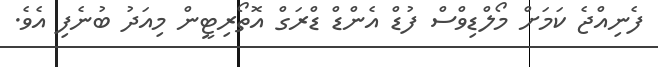
ފެނިއްޖެ ކަމަށް މޯލްޑިވްސް ފުޑް އެންޑް ޑްރަގް އޮތޯރިޓީން މިއަދު ބުނެފި އެވެ.